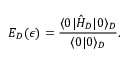
E _ { D } ( \epsilon ) = { \frac { \langle 0 | \hat { H } _ { D } | 0 \rangle _ { D } } { \langle 0 | 0 \rangle _ { D } } } .